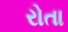
રોતા